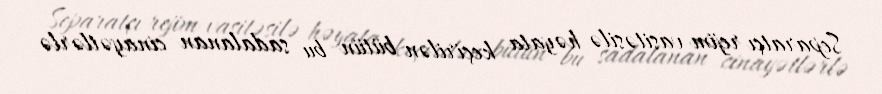
Separatçı rejim vasitəsilə həyata keçirilən bütün bu sadalanan cinayətlərlə